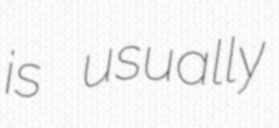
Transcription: is usually